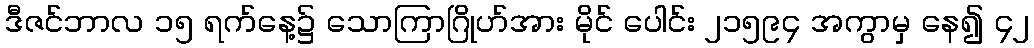
ဒီဇင်ဘာလ ၁၅ ရက်နေ့၌ သောကြာဂြိုဟ်အား မိုင် ပေါင်း ၂၁၅၉၄ အကွာမှ နေ၍ ၄၂